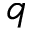
q